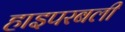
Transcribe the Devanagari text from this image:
हाइपरबली